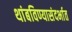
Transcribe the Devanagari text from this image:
थांबविण्यासंदर्भात